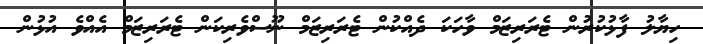
ހިޔާލު ފާޅުކުރުން ޓެރަރިޒަމް ވާހަކަ ދެއްކުން ޓެރަރިޒަމް ނޫސްވެރިކަން ޓެރަރިޒަމް އެއްވެ އުޅުން